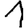
Digit: 1